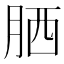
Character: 𦚵